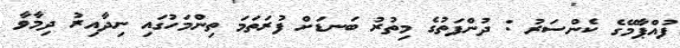
ފުއްޕާމޭގެ ކެންސަރު : ދުންފަތުގެ މިތުރު ބަނޑަށް ފުރަތަމަ ތިންމަހުގައި ނިދާއިރު ދިމާވާ